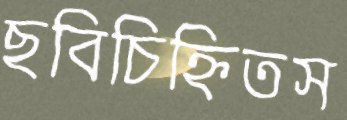
ছবিচিহ্নিতস